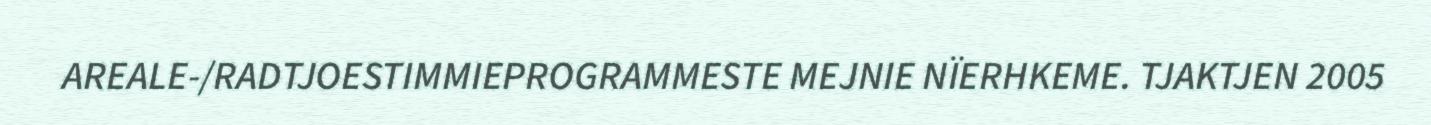
AREALE-/RADTJOESTIMMIEPROGRAMMESTE MEJNIE NÏERHKEME. TJAKTJEN 2005